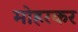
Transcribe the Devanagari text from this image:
मोहरकर